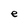
Character: e